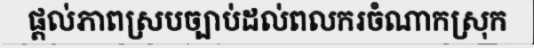
ផ្តល់ភាពស្របច្បាប់ដល់ពលករចំណាកស្រុក